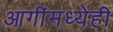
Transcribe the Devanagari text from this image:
आगींमध्येही